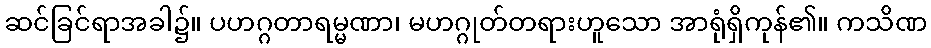
ဆင်ခြင်ရာအခါ၌။ ပဟဂ္ဂတာရမ္မဏာ၊ မဟဂ္ဂုတ်တရားဟူသော အာရုံရှိကုန်၏။ ကသိဏ